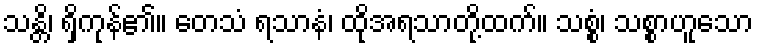
သန္တိ၊ ရှိကုန်၏။ တေသံ ရသာနံ၊ ထိုအရသာတို့ထက်။ သစ္စံ၊ သစ္စာဟူသော